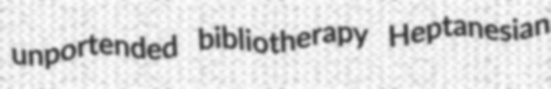
unportended bibliotherapy Heptanesian